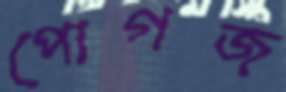
পোগজ